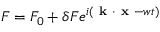
F = F _ { 0 } + \delta F e ^ { i ( \textbf { k } \boldsymbol { \cdot } \textbf { x } - w t ) }